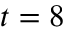
t = 8